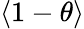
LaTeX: \langle 1-\theta\rangle